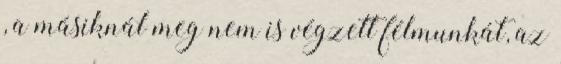
, a másiknál meg nem is végzett félmunkát, az